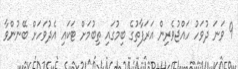
9 ވަނަ ދުވަހު ހައްޖުވެރިން އަރަފާތުގެ ބިމުގައި ތިބުމަށް ޓަކައި އެދުވަހަށް ބޭނުންވާ